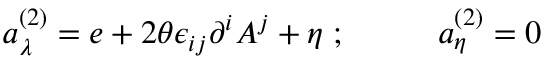
a _ { \lambda } ^ { ( 2 ) } = e + 2 \theta \epsilon _ { i j } \partial ^ { i } A ^ { j } + \eta \; ; \; \; \; \; \; \; \; \; \; \; a _ { \eta } ^ { ( 2 ) } = 0